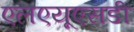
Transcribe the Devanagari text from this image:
एलएयूएसडी